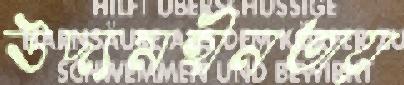
উদ্যমহীনতায়